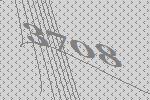
3708